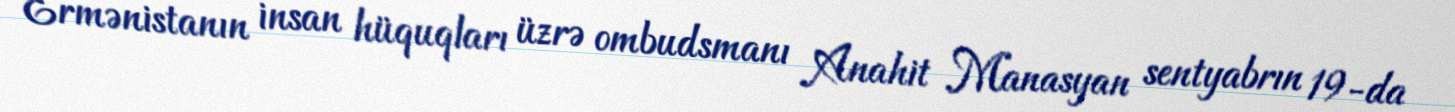
Ermənistanın insan hüquqları üzrə ombudsmanı Anahit Manasyan sentyabrın 19-da